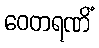
ဝေတရဏိံ